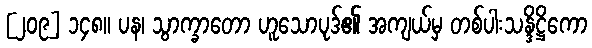
[၂၀၉] ၁၄၈။ ပန၊ သွာက္ခာတော ဟူသောပုဒ်၏ အကျယ်မှ တစ်ပါးသန္ဒိဋ္ဌိကော